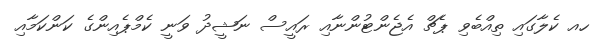
ހއ ކެލާގައި ތިއްބެވި ޕެޗް އެޖެންޓުންނާއި ރައީސް ނަޝީދު ވަނީ ކެމްޕެއިންގެ ކަންކަމާއި